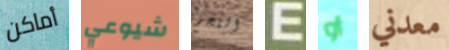
أماكن شيوعي اللحم E أو معدني